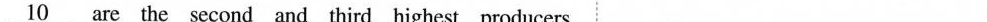
\underline{10} are the second and third highest producers C. what D. why